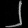
Digit: ၂